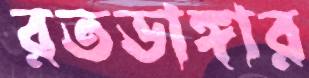
রতডাঙ্গার